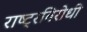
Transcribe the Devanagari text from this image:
राष्‍ट्रविरोधी